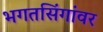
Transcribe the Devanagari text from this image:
भगतसिंगांवर